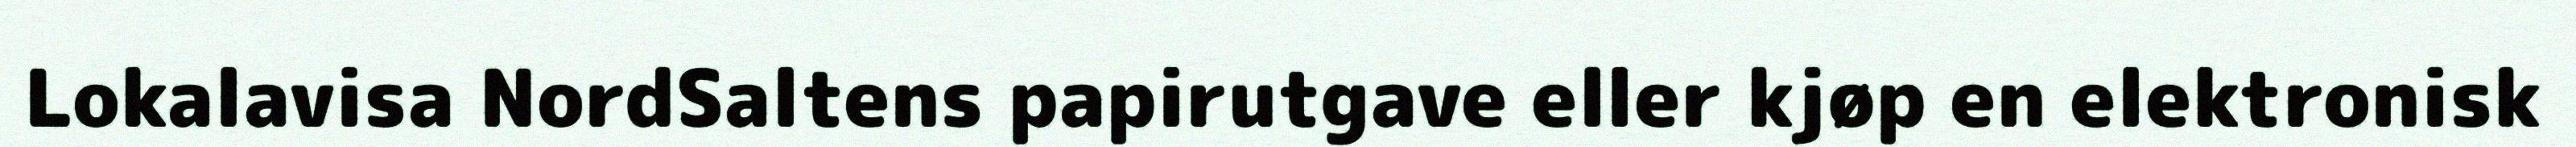
Lokalavisa NordSaltens papirutgave eller kjøp en elektronisk